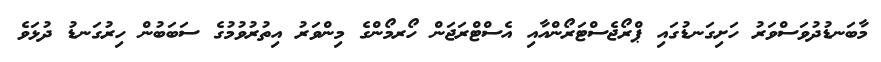
މާބަނޑުދުވަސްވަރު ހަށިގަނޑުގައި ޕްރޯޖެސްޓަރޯންއާއި އެސްޓްރަޖަން ހޯރމޯންގެ މިންވަރު އިތުރުވުމުގެ ސަބަބުން ހިރުގަނޑު ދުޅަވެ